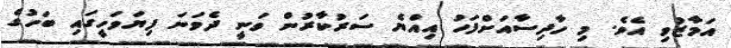
އަމާޒުވި އެވެ. މި ހާދިސާއަށްފަހު އިއްޔެ ސަރުކާރުން ވަނީ ދެވަނަ ފިޔަވަހީގައި ބަހުގެ